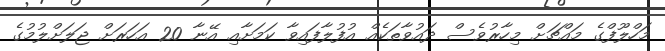
މަހްލޫފްގެ މައްޗަށް މިހާރުވެސް ދައުވާތަކެއް އުފުލާފައިވާ ކަމަށާއި އޭނާ 20 އަހަރަށް ޖަލަށްލުމުގެ